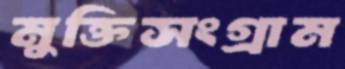
মুক্তিসংগ্রাম